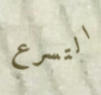
التسرع